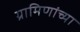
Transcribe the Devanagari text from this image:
ग्रामिणांच्या